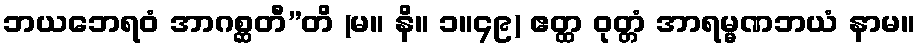
ဘယဘေရဝံ အာဂစ္ဆတီ”တိ (မ။ နိ။ ၁။၄၉) ဧတ္ထ ဝုတ္တံ အာရမ္မဏဘယံ နာမ။